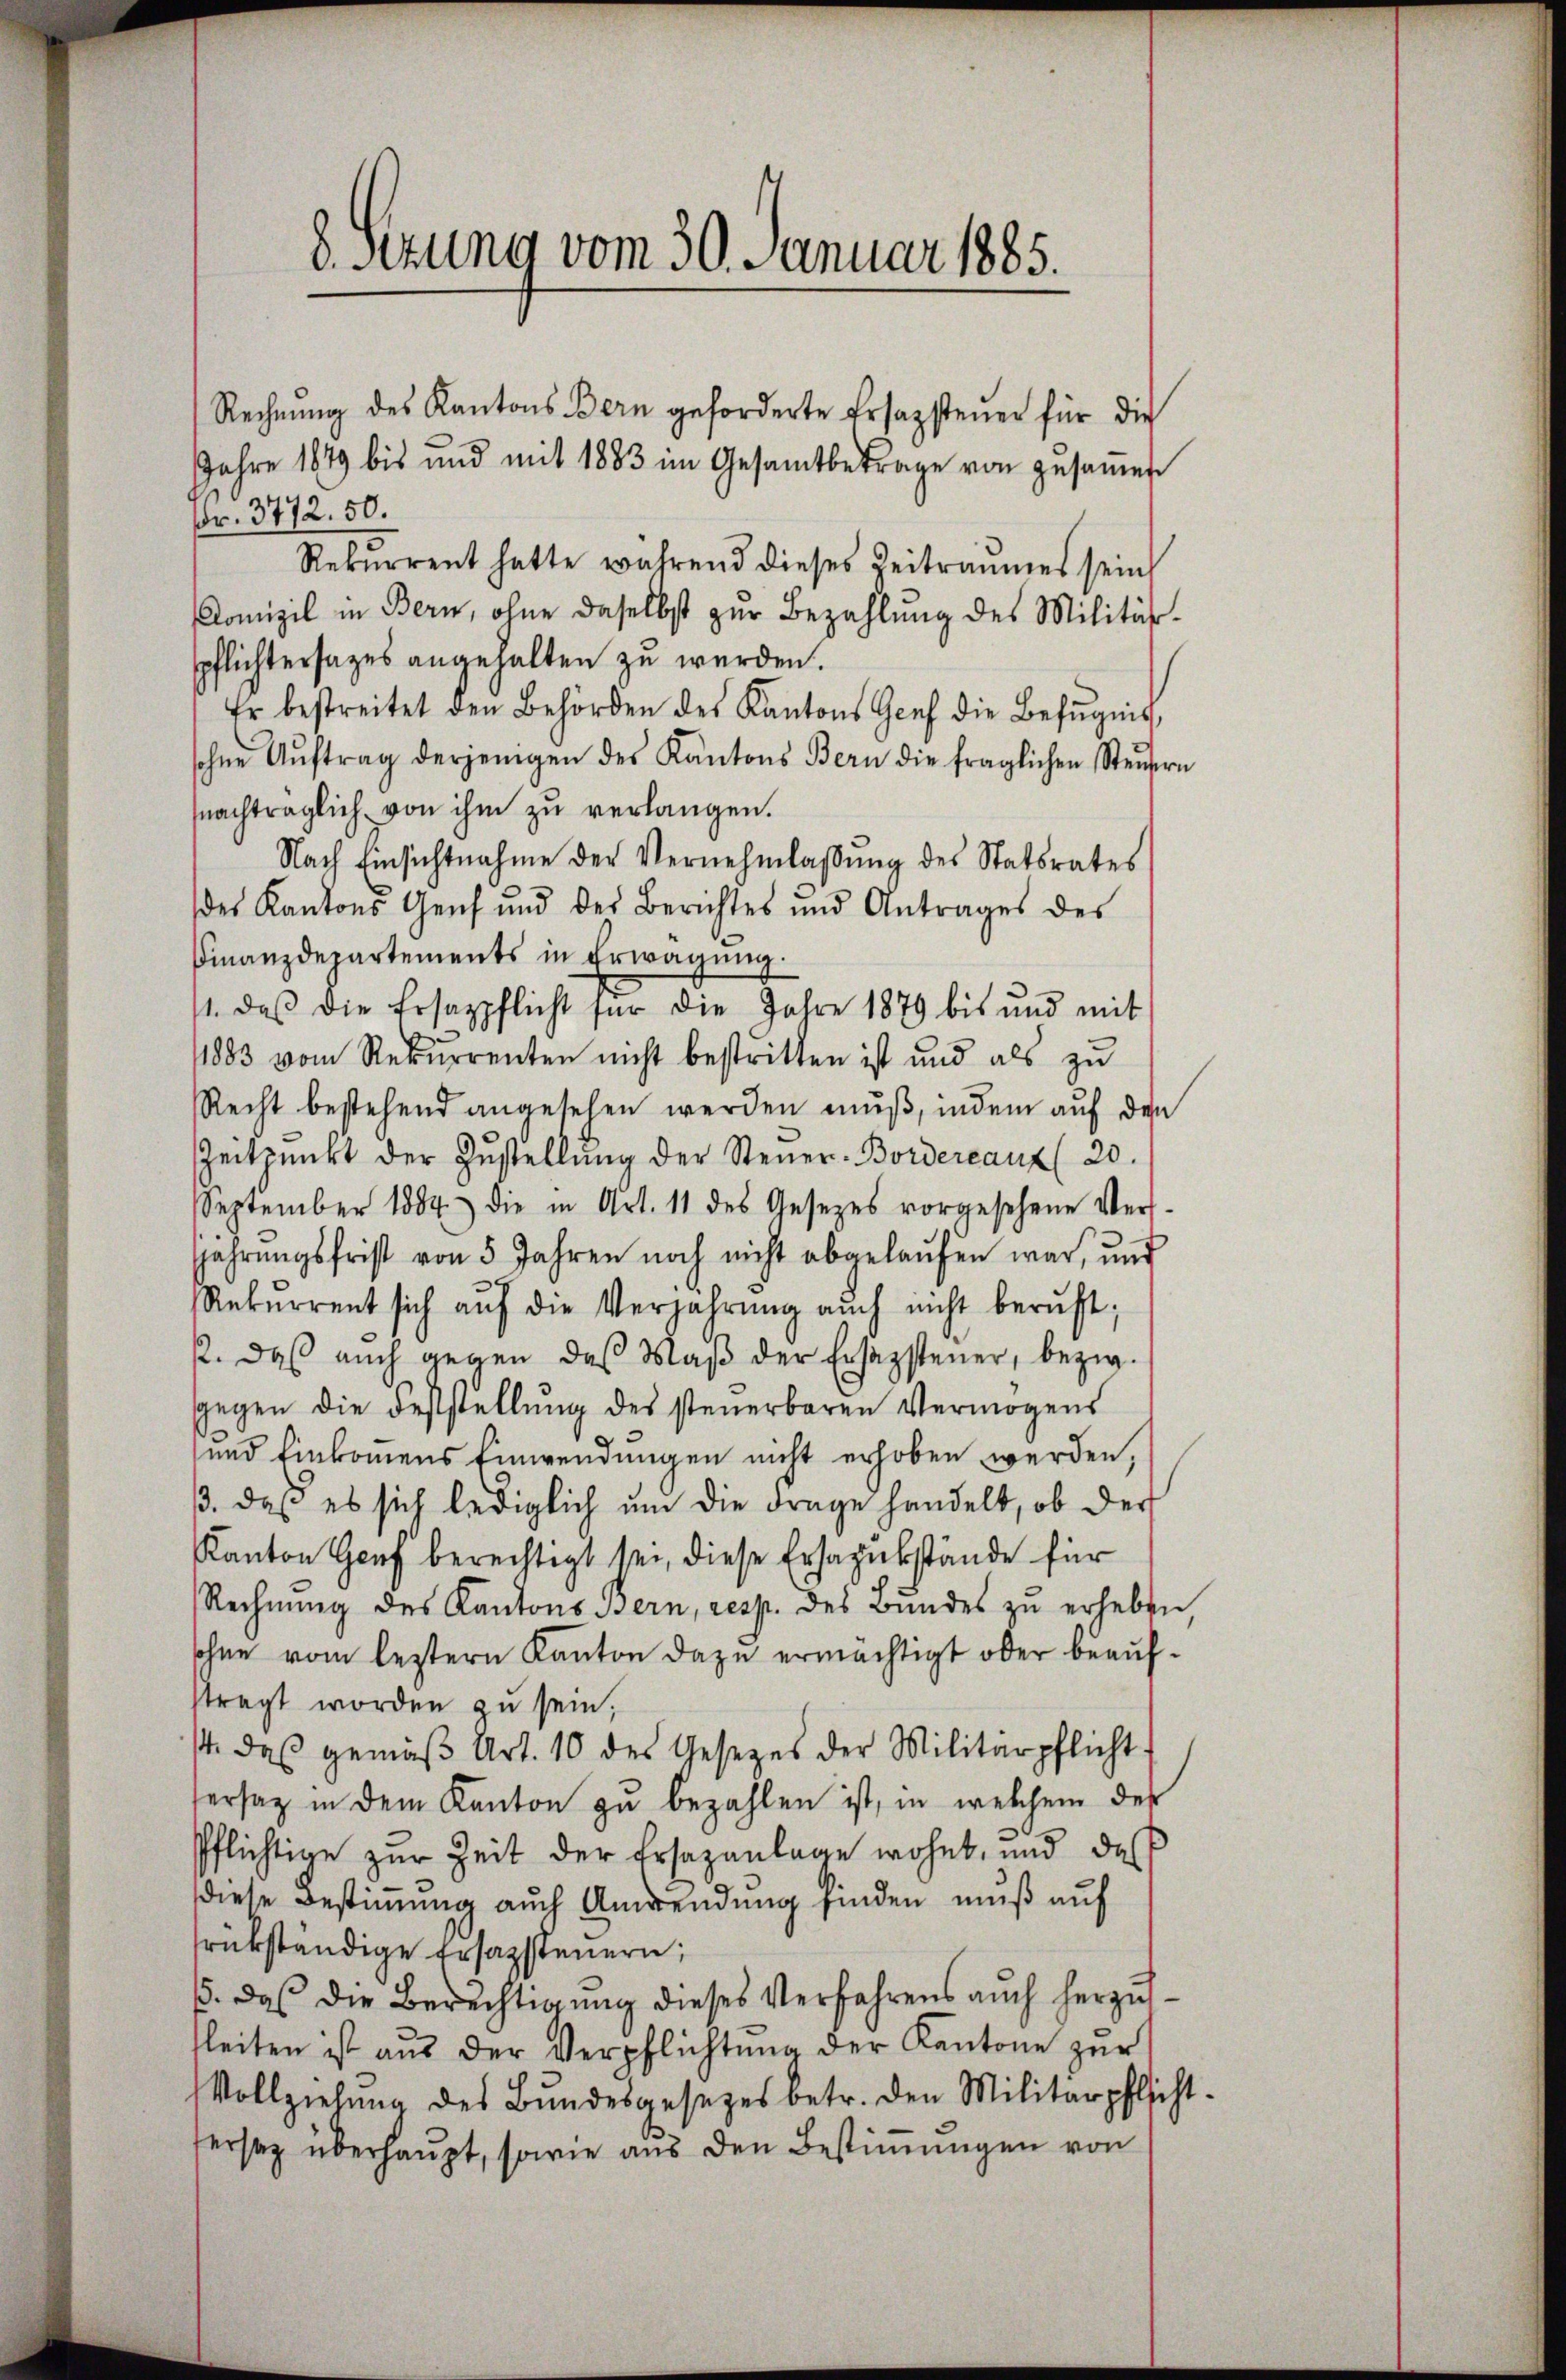
8 sezung vom 30. Januar 1885.

Rechnŭng des Kantons Bern geforderte Ersazsteuer für die
Jahre 1879 bis und mit 1883 im Gesamtbetrage von zusammen
Fr. 3772. 50.
Rekŭrrent hatte während dieses Zeitraumes sein
Komizil in Bern, ohne daselbst zŭr Bezahlŭng des Militär-
spflichtersages angehalten zu werden.
Er bestreitet den Behörden des Kantons Genf die Befugnis,
sohne Aŭftrag derjenigen des Kantons Bern die fraglichen Steŭern
nachträglich von ihm zu verlangen.
Nach Einsichtnahme der Vernehmlassŭng des Statsrates
des Kantons Genf und des Berichtes und Antrages des
Finanzdepartements in Erwägŭng.
11. daβ die Ersatzpflicht für die Jahre 1879 bis und mit
1883 vom Rekurrenten nicht bestritten ist und als zu
Recht bestehend angesehen werden muß, indem auf den
ZZeitpunkt der Zŭstellŭng der Steŭer-Bordereaux (20.
September 1884 die in Art. 11 des Gesetzes vorgesehene Versfahrŭngsfrist von 5 Jahren noch nicht abgelaŭfen war, und
Rekŭrrent sich aŭf die Verjahrŭng auch nicht berŭft;
p. daβ aŭch gegen das Maβ der Ersazsteuer, bezw.
gegen die Feststellung des steuerbaren Vermögens
und Einkommens Einwendungen nicht erhoben werden,
ß. daß es sich lediglich um die Frage handelt, ob der
Kanton Genf berechtigt sei, diese Ersapukstände für
Rechnung des Kantons Bern, resp. des Bundes zu erheben,
sohne vom leztern Kanton dazu ermächtigt oder beaufstragt worden zu sein,
14. daß gemäß Art. 10 des Gesetzes der Militärpflicht
ersatz in dem Kanton zu bezahlen ist, in welchem der
Pflichtige zur Zeit der Ersazanlage wohnt, und das
diese Bestimmung auch Anwendung finden muß auf
rükständige Ersatzsteuern;
. das die Berechtigŭng dieses Verfahrens auch herzŭs-
tleiten ist aus der Verpflichtung der Kantone zur
Vollziehŭng des Bŭndesgesetzes betr. den Militärpflicht
ersaz überhaŭpt, sowie aus den Bestiṁŭngen von

.